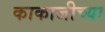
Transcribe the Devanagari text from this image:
काकाजीच्या